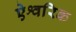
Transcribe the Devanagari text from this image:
ऐश्वरिक